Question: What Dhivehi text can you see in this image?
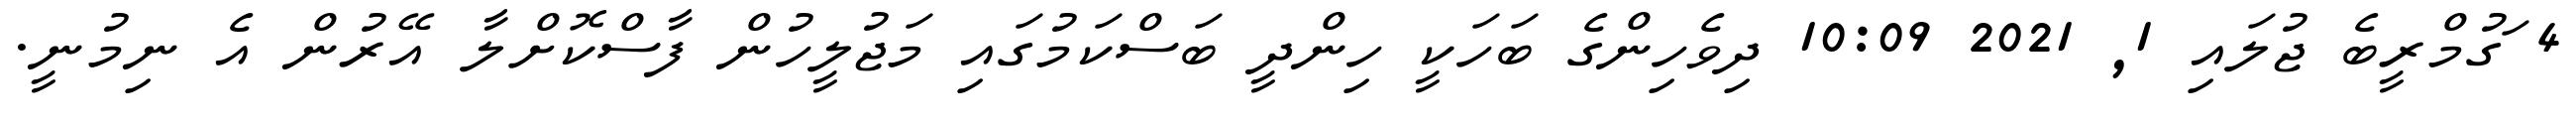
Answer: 4 ަގުމްރީބެ ޖުލައި 1, 2021 10:09 ދިވެހިންގެ ބަހަކީ ހިންދީ ބަސްކަމުގައި މަޖުލީހުން ފާސްކޮށްލާ އޭރުން އެ ނިމުނީ.